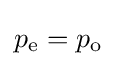
p_{\text{e}}=p_{\text{o}}